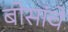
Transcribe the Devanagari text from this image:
बोसांचे